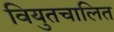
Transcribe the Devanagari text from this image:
वियुतचालित